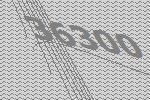
36300